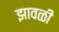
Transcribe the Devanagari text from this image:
झावळी